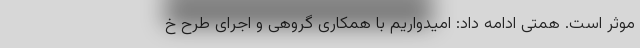
موثر است. همتی ادامه داد: امیدواریم با همکاری گروهی و اجرای طرح خ